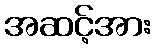
အဆင့်အား